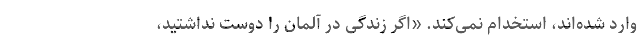
وارد شده‌اند، استخدام نمی‌کند. «اگر زندگی در آلمان را دوست نداشتید،